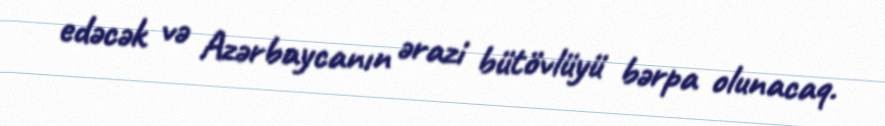
edəcək və Azərbaycanın ərazi bütövlüyü bərpa olunacaq.